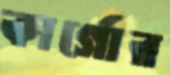
কার্গোর